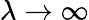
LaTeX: \lambda\to\infty